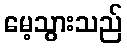
မေ့သွားသည်